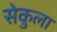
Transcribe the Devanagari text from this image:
सेकुला